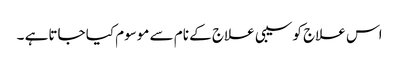
اس علاج کو سیبی علاج کے نام سے موسوم کیا جاتاہے ۔